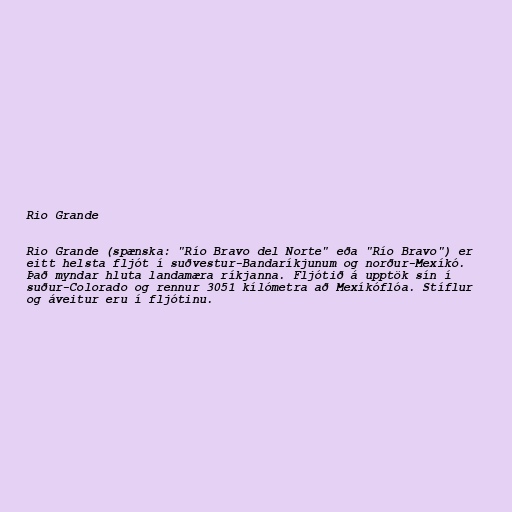
Rio Grande

Rio Grande (spænska: "Río Bravo del Norte" eða "Río Bravo") er
eitt helsta fljót í suðvestur-Bandaríkjunum og norður-Mexíkó.
Það myndar hluta landamæra ríkjanna. Fljótið á upptök sín í
suður-Colorado og rennur 3051 kílómetra að Mexíkóflóa. Stíflur
og áveitur eru í fljótinu.